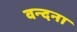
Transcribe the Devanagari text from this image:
वन्‍दना